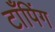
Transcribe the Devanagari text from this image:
टाँपिंग